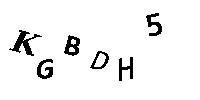
KGBDH5